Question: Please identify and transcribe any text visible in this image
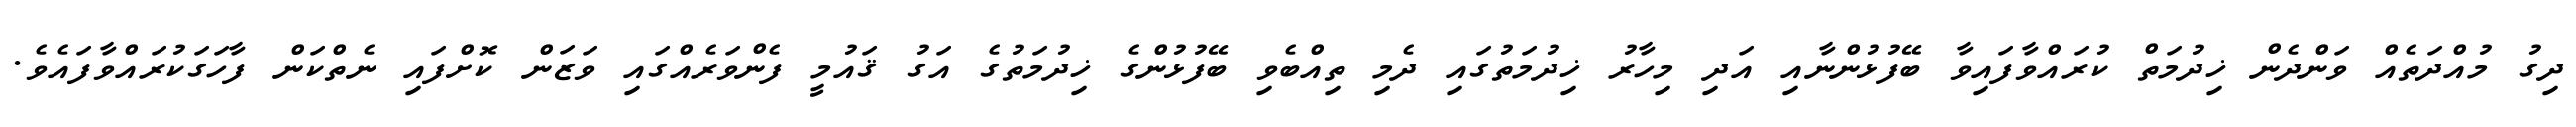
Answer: ދިގު މުއްދަތެއް ވަންދެން ޚިދުމަތް ކުރައްވާފައިވާ ބޭފުޅުންނާއި އަދި މިހާރު ޚިދުމަތުގައި ދެމި ތިއްބެވި ބޭފުޅުންގެ ޚިދުމަތުގެ އަގު ޤައުމީ ފެންވަރެއްގައި ވަޒަން ކޮށްފައި ނެތްކަން ފާހަގަކުރައްވާފައެވެ.